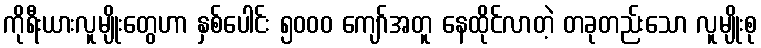
ကိုရီးယားလူမျိုးတွေဟာ နှစ်ပေါင်း ၅၀၀၀ ကျော်အတူ နေထိုင်လာတဲ့ တခုတည်းသော လူမျိုးစု